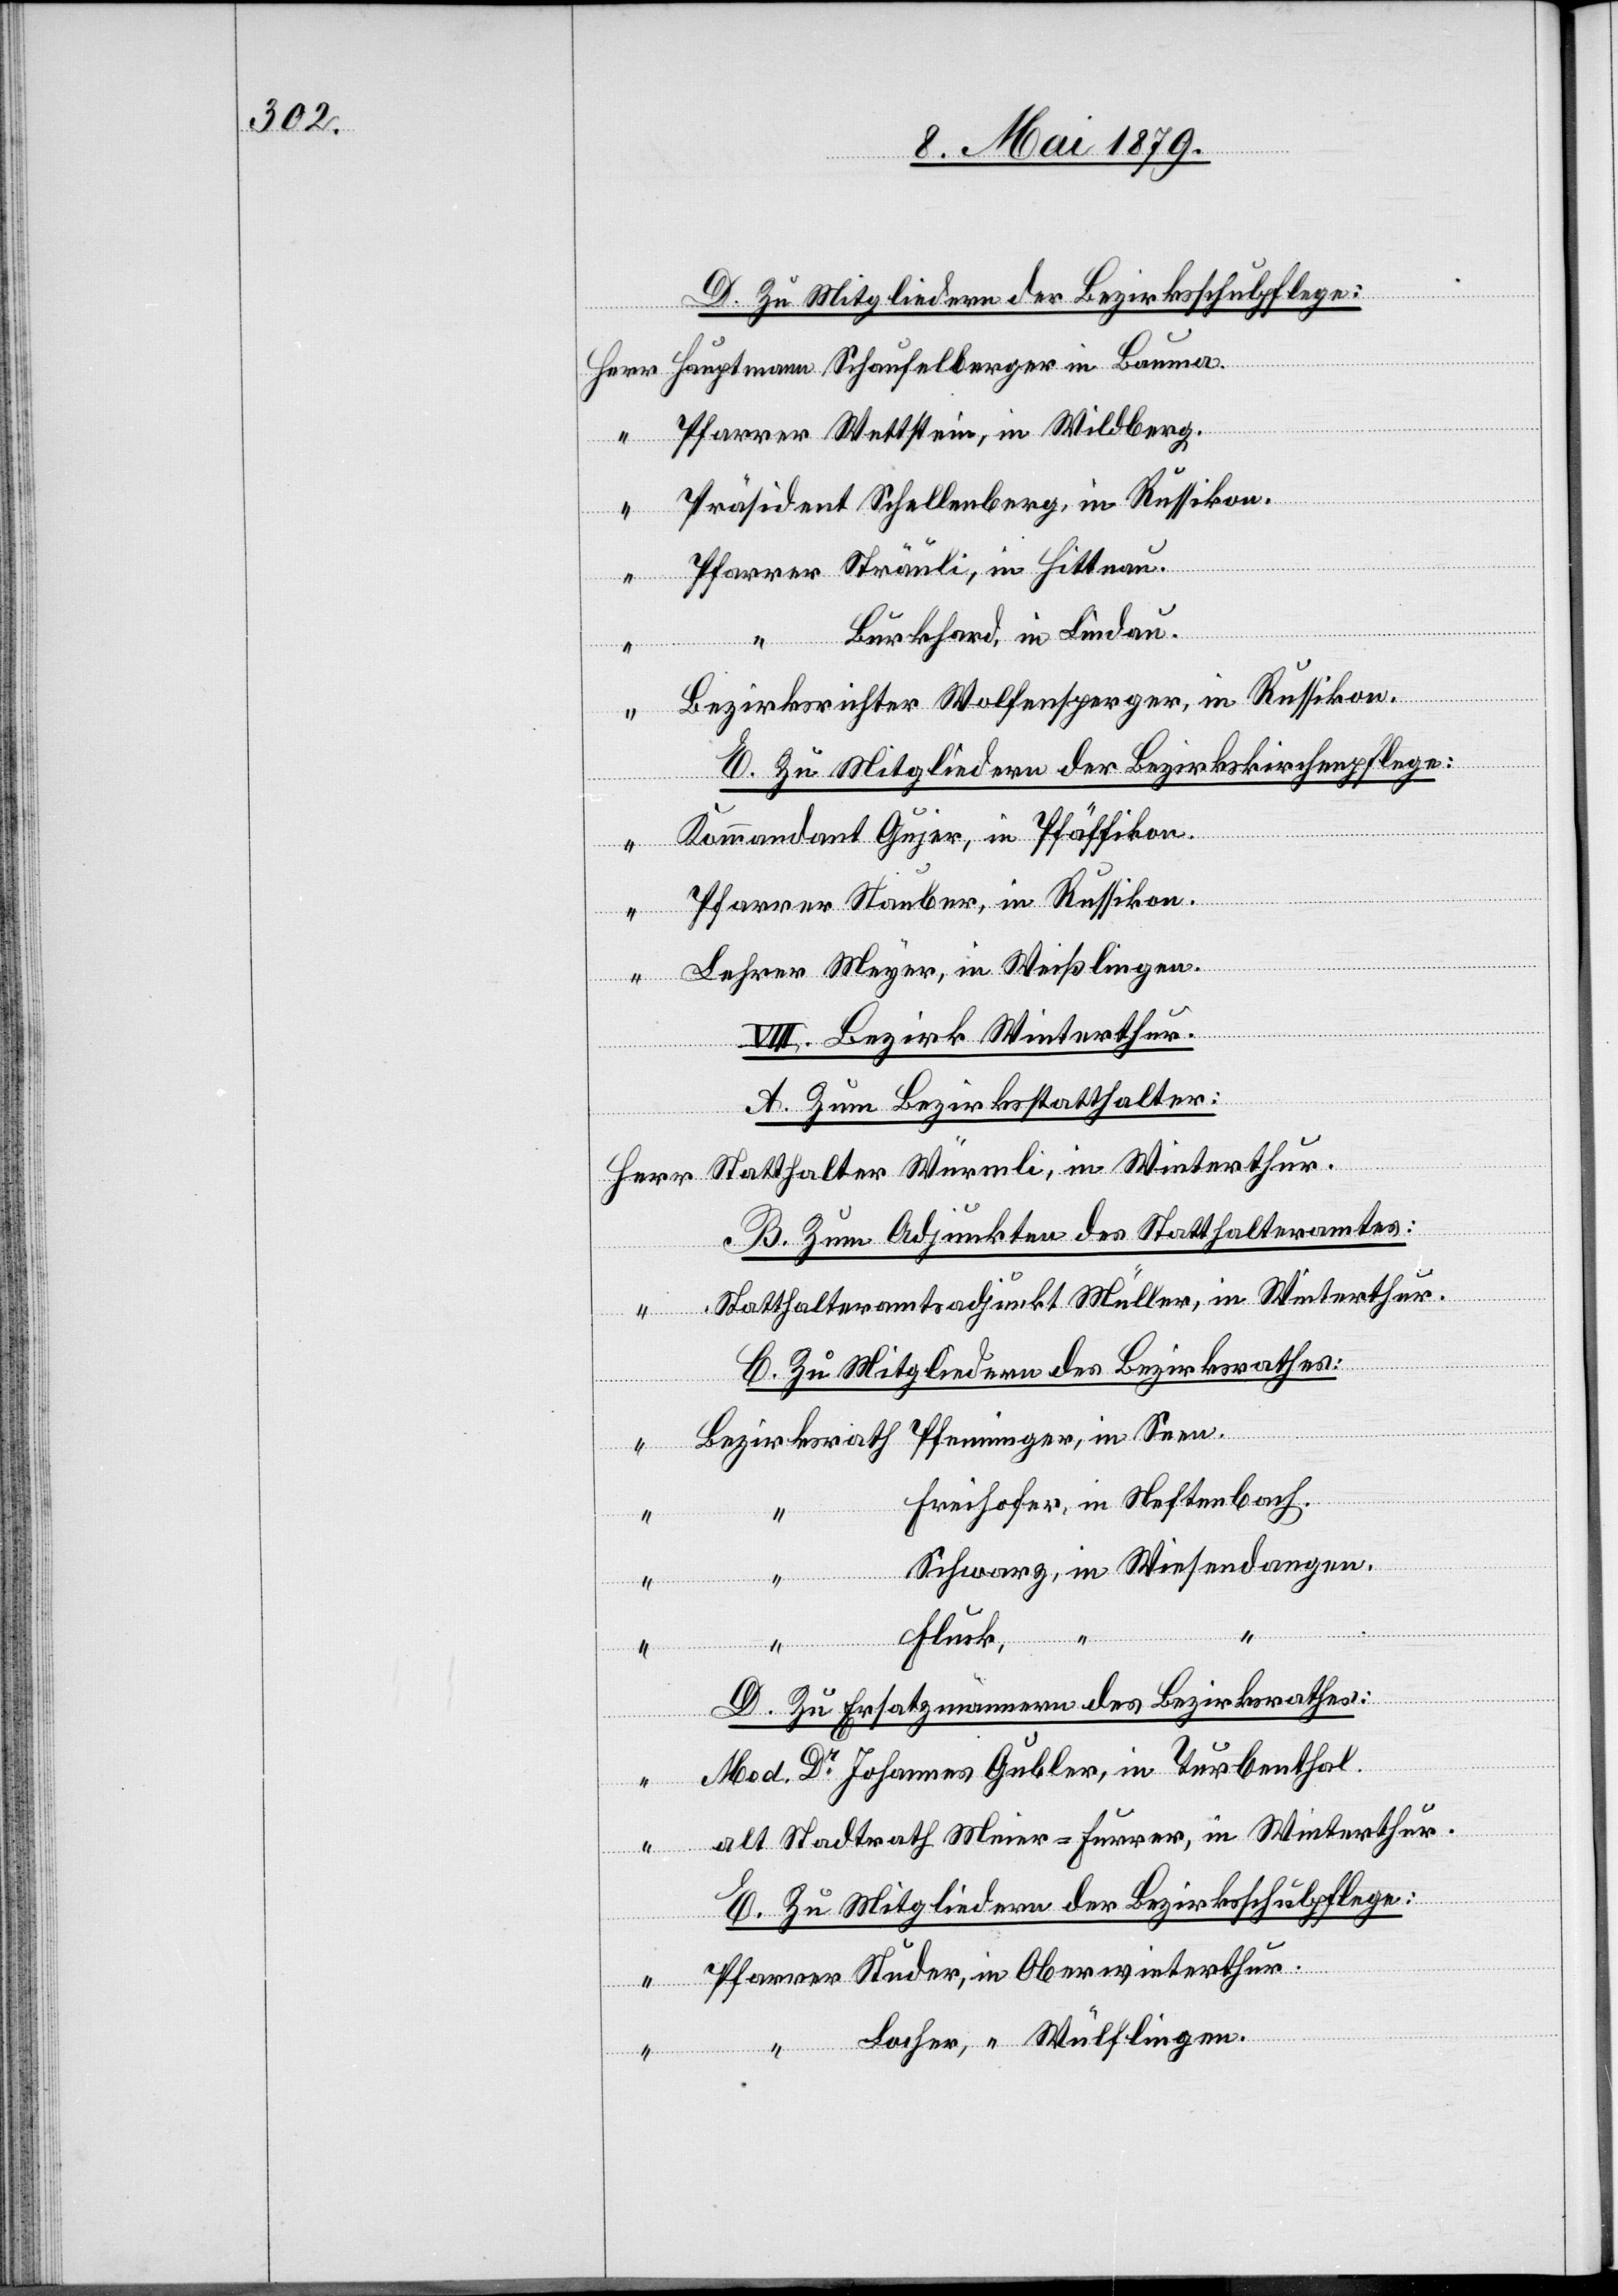
Hauptmann Schaufelberger in Bauma.
Pfarrer Wettstein, in Wildberg.
Präsident Schellenberg, in Russikon.
“
in
Pfarrer Sträuli, in Hittnau.
“
“ Burkhard, in Lindau.
“
Bezirksrichter Wolfensperger, in Russikon.
E. Zu Mitgliedern der Bezirkskirchenpflege:
Kommandant Gujer, in Pfäffikon.
“
Pfarrer Stauber, in Russikon.
“
Lehrer Meyer, in Weißlingen.
erthu¬
III. Bezirk Winterthur.
A. Zum Bezirksstatthalter:
r.
B. Zum Adjunkten des Statthalteramtes:
Statthalteramtsadjunkt Müller, in Winterthur.
C. Zu Mitgliedern des Bezirksrathes:
Bezirksrath Pfenninger, in Seen.
Herr
Freihofer, in Neftenbach.
Schwarz, in Wiesendangen.
“ Fluck,
D. Zu Ersatzmännern des Bezirksrathes:
Med. Dr Johannes Gubler, in Turbenthal.
“
alt Stadtrath Meier-Furrer, in Winterthur.
E. Zu Mitgliedern des Bezirksschulpflege:
Pfarrer Studer, in Oberwinterthur.
“ Locher, “ Wülflingen.